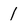
Character: 1